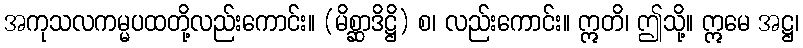
အကုသလကမ္မပထတို့လည်းကောင်း။ (မိစ္ဆာဒိဋ္ဌိ) စ၊ လည်းကောင်း။ ဣတိ၊ ဤသို့။ ဣမေ အဋ္ဌ၊